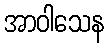
အာဝါသေန